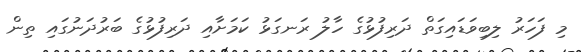
މި ފަހަރު ލިބިވަޑައިގަތް ދަރިފުޅުގެ ހާލު ރަނގަޅު ކަމަށާއި ދަރިފުޅުގެ ބަރުދަނުގައި ތިން